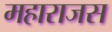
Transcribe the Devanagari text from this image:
महाराजस